Report of the King Institute of Preventive Medicine, Guindy
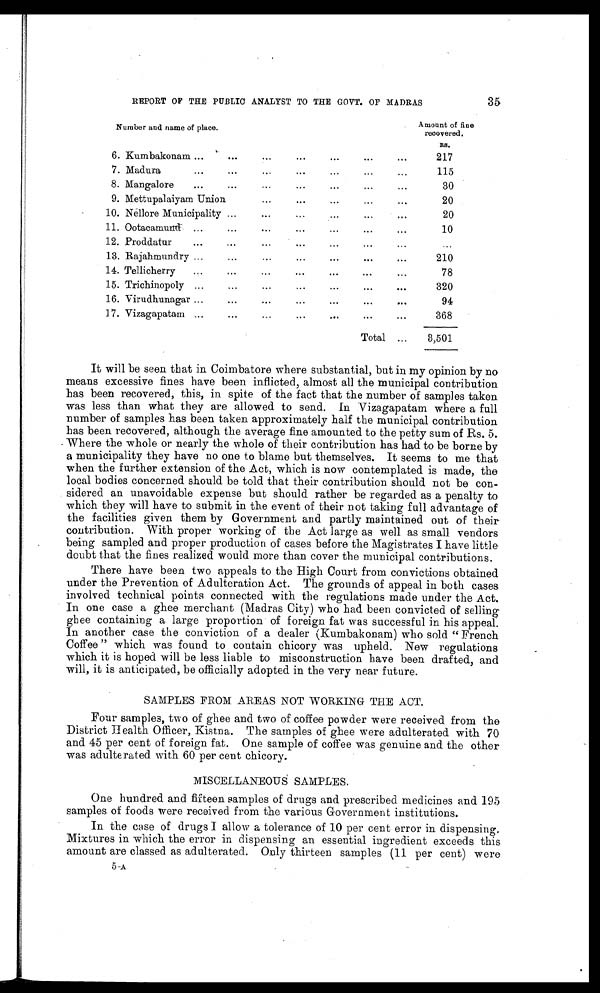
35
REPORT OF THE PUBLIC ANALYST TO THE GOVT. OF MADRAS
Number and name of place.
Amount of fine
recovered.
RS.
6. Kumbakonam . . .
217
7 . M a d u r a . . .
115
8.
Mangalore
.
.
.
30
9. Mettupalaiyam Union . . .
20
10. Nellore Municipality . . .
20
11.
Ootacamund
.
.
.
10
12.
Proddatur
.
.
.
. . .
13. Rajahmundry . . .
210
14.
Tellicherry
.
.
.
78
15.
Trichinopoly
.
.
.
320
1 6 . V i r u d h u n a g a r . . .
94
17. Vizagapatam
368
Total . . .
3,501
It will be seen that in Coimbatore where substantial, but in my opinion by no
means excessive fines have been inflicted, almost all the municipal contribution
has been recovered, this, in spite of the fact that the number of samples taken
was less than what they are allowed to send. In the Vizagapatam where a full
number of samples has been taken approximately half the municipal contribution
has been recovered, although the average fine amounted to the petty sum of Rs. 5.
Where the whole or nearly the whole of their contribution has had to be borne by
a municipality they have no one to blame but themselves. It seems to me that
when the further extension of the Act, which is now contemplated is made, the
local bodies concerned should be told that their contribution should not be con-
sidered an unavoidable expense but should rather be regarded as a penalty to
which they will have to submit in the event of their not taking full advantage of
the facilities given them by Government and partly maintained out of their
contribution. With proper working of the Act large as well as small vendors
being sampled and proper production of cases before the Magistrates I have little
doubt that the fines realized would more than cover the municipal contributions.
There have been two appeals to the High Court from convictions obtained
under the Prevention of Adulteration Act. The grounds of appeal in both cases
involved technical points connected with the regulations made under the Act.
In one case a ghee merchant (Madras City) who had been convicted of selling
ghee containing a large proportion of foreign fat was successful in his appeal.
In another case the conviction of a dealer (Kumbakonam) who sold "French
Coffee" which was found to contain chicory was upheld. New regulations
which it is hoped will be less liable to misconstruction have been drafted, and
will, it is anticipated, be officially adopted in the very near future.
SAMPLES FROM AREAS NOT WORKING THE ACT.
Four samples, two of ghee and two of coffee powder were received from the
District Health Officer, Kistna. The samples of ghee were adulterated with 70
and 45 per cent of foreign fat. One sample of coffee was genuine and the other
was adulterated with 60 per cent chicory.
MISCELLANEOUS SAMPLES.
One hundred and fifteen samples of drugs and prescribed medicines and 195
samples of foods were received from the various Government institutions.
In the case of drugs I allow a tolerance of 10 per cent error in dispensing.
Mixtures in which the error in dispensing an essential ingredient exceeds this
amount are classed as adulterated. Only thirteen samples (11 per cent) were
5 -A